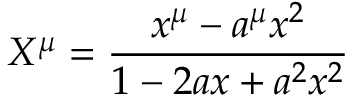
X ^ { \mu } = { \frac { x ^ { \mu } - a ^ { \mu } x ^ { 2 } } { 1 - 2 a x + a ^ { 2 } x ^ { 2 } } }